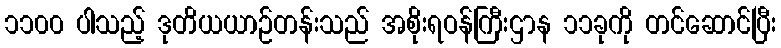
၁၁၀၀ ပါသည့် ဒုတိယယာဉ်တန်းသည် အစိုးရဝန်ကြီးဌာန ၁၁ခုကို တင်ဆောင်ပြီး